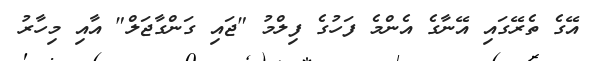
އޭގެ ތެރޭގައި އޭނާގެ އެންމެ ފަހުގެ ފިލްމު "ޖައި ގަންގާޖަލް" އާއި މިހާރު